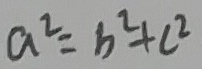
a ^ { 2 } = b ^ { 2 } + c ^ { 2 }